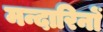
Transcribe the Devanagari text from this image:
मन्दारिनों